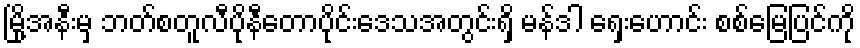
မြို့အနီးမှ ဘတ်စတူလီပိုနီတောပိုင်းဒေသအတွင်းရှိ မန်ဒါ ရှေးဟောင်း စစ်မြေပြင်ကို